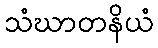
သံဃာတနိယံ